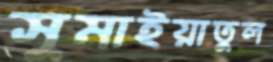
সুমাইয়াতুল